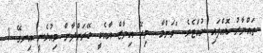
ތައްޔާރު ކޮއްފައި ހުއްޓެވެ. "މަންމާ.....މިރޭ އިޔާޒް އާއެކީ ބޭރަށްދާން މިއުޅެނީ އިނގޭ !